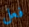
فعل